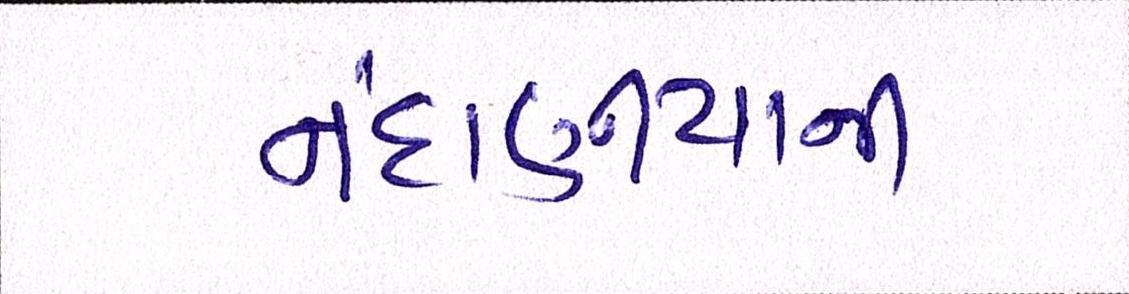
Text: નંદાણીયાની